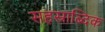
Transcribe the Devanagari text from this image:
सहस्राब्दिक